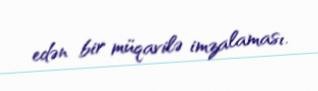
edən bir müqavilə imzalaması.